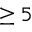
\ge 5